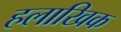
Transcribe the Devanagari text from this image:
हलाखिक